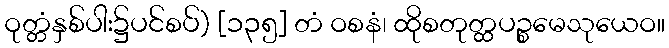
ဝုတ္တံနှစ်ပါး၌ပင်စပ်) [၁၃၅] တံ ဝစနံ၊ ထိုစတုတ္ထပဉ္စမေသုယေဝ။